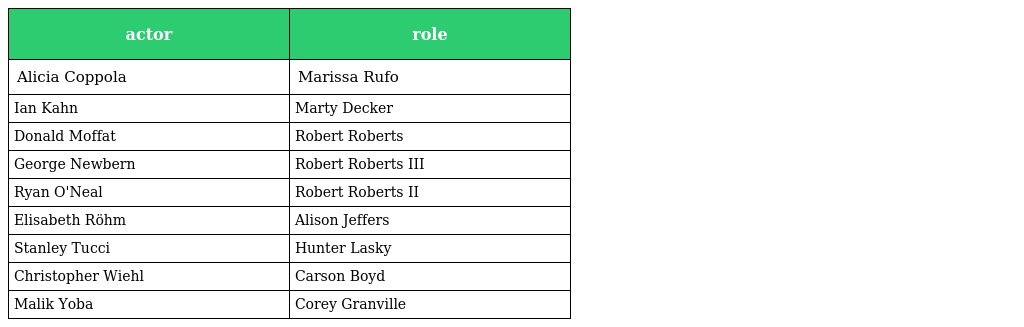
| actor | role |
 | --- | --- |
 | Alicia Coppola | Marissa Rufo |
 | Ian Kahn | Marty Decker |
 | Donald Moffat | Robert Roberts |
 | George Newbern | Robert Roberts III |
 | Ryan O'Neal | Robert Roberts II |
 | Elisabeth Röhm | Alison Jeffers |
 | Stanley Tucci | Hunter Lasky |
 | Christopher Wiehl | Carson Boyd |
 | Malik Yoba | Corey Granville |